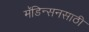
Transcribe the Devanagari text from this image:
मॅडिन्सनसाठी